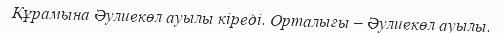
Құрамына Әулиекөл ауылы кіреді. Орталығы – Әулиекөл ауылы.